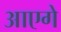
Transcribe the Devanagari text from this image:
आएगे